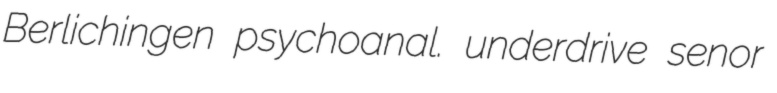
Berlichingen psychoanal. underdrive senor